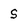
Character: S